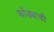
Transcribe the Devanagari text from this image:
फोंड्याची